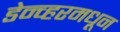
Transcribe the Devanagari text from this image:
डेन्व्हरमधून